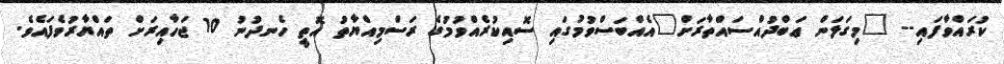
ކުރައްވާފައި-- "މިގަލަން ޢަބްދުއްސައްތާރަށް"އެއްބަސްވުމުގައި ސޮއިކުރެއްވުމުގެ ރަސްމިއްޔާތު އޮތީ ހެނދުނު 10 ޖަހާއިރަށް ތައްޔާރުވެފައެވެ.